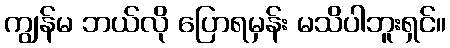
ကျွန်မ ဘယ်လို ပြောရမှန်း မသိပါဘူးရှင်။